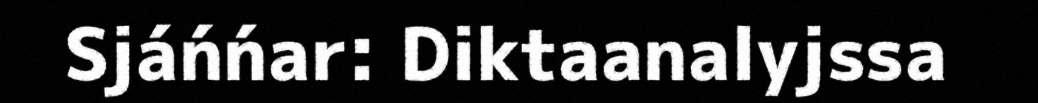
Sjáńńar: Diktaanalyjssa